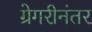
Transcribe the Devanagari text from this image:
ग्रेगरीनंतर